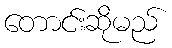
တောင်းဆိုမည်